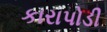
કારાપોડી